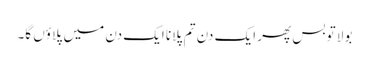
بولا تو بس پھر ایک دن تم پلانا ایک دن میں پلاؤں گا۔